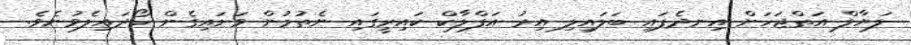
ލަޔާލް އަތްޖަހަން އިނދެފައި ބަލައިލި އިރު އަފްލާކް ކައިރީގައި ނެތުމުން ވަށައިގެން ހޯދައިލެވުނެވެ.